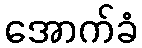
အောက်ခံ